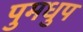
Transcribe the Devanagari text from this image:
पुमधुप